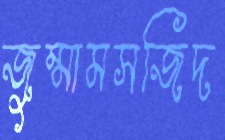
জুম্মামসজিদ